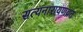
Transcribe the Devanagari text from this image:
सत्यनारायणव्रत